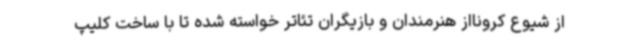
از شیوع کرونااز هنرمندان و بازیگران تئاتر خواسته شده تا با ساخت کلیپ